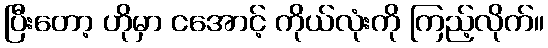
ပြီးတော့ ဟိုမှာ ငအောင့် ကိုယ်လုံးကို ကြည့်လိုက်။